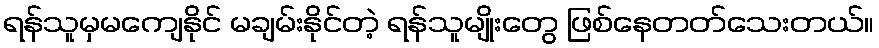
ရန်သူမှမကျေနိုင် မချမ်းနိုင်တဲ့ ရန်သူမျိုးတွေ ဖြစ်နေတတ်သေးတယ်။